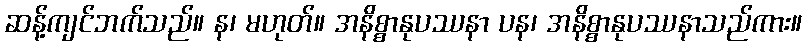
ဆန့်ကျင်ဘက်သည်။ န၊ မဟုတ်။ အနိစ္စာနုပဿနာ ပန၊ အနိစ္စာနုပဿနာသည်ကား။